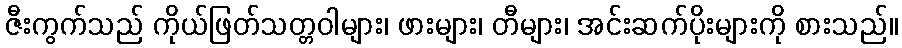
ဇီးကွက်သည် ကိုယ်ဖြတ်သတ္တဝါများ၊ ဖားများ၊ တီများ၊ အင်းဆက်ပိုးများကို စားသည်။